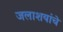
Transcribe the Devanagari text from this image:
जलाशयांचे